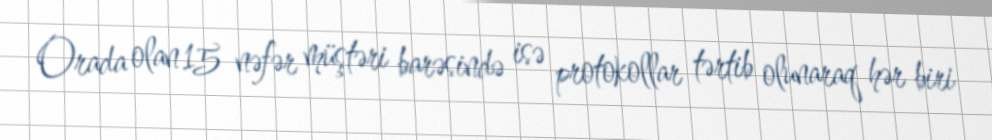
Orada olan 15 nəfər müştəri barəsində isə protokollar tərtib olunaraq hər biri